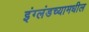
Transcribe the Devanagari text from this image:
इंग्लंडच्यामधील